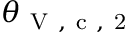
\theta _ { \mathrm { ~ V ~ , ~ c ~ , ~ 2 ~ } }